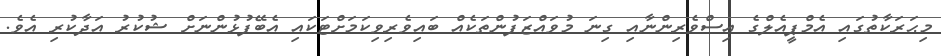
މިޙަރަކާތުގައި އެމްޕީއެލްގެ އިސްވެރިންނާއި ގިނަ މުވައްޒަފުންތަކެއް ބައިވެރިވިކަމަށްޓަކައި އެބޭފުޅުންނަށް ޝުކުރު އަދާކުރި އެވެ.